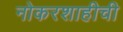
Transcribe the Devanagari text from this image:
नोकरशाहीची